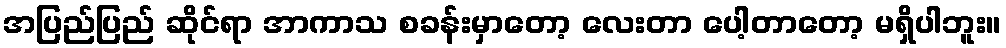
အပြည်ပြည် ဆိုင်ရာ အာကာသ စခန်းမှာတော့ လေးတာ ပေါ့တာတော့ မရှိပါဘူး။